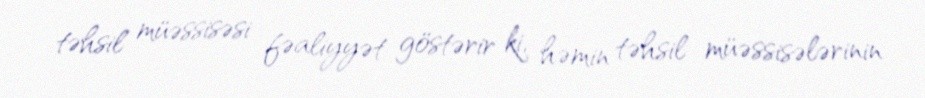
təhsil müəssisəsi fəaliyyət göstərir ki, həmin təhsil müəssisələrinin